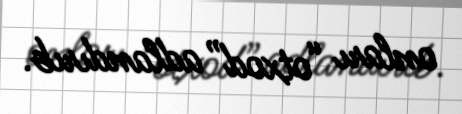
onları “otxod” adlandırıb.